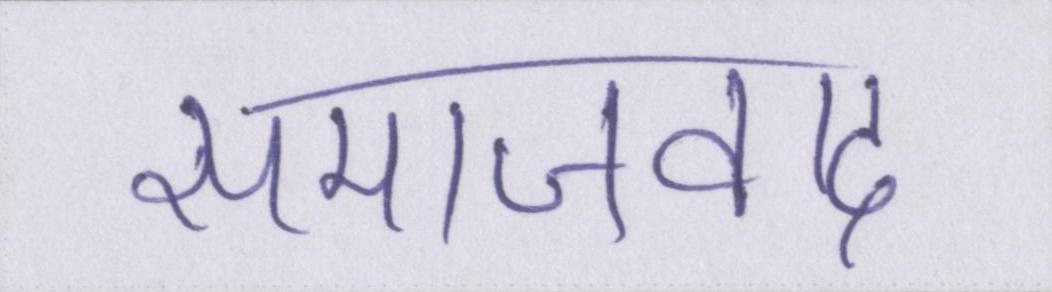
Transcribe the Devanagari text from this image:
समाजवाद